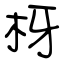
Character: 枒